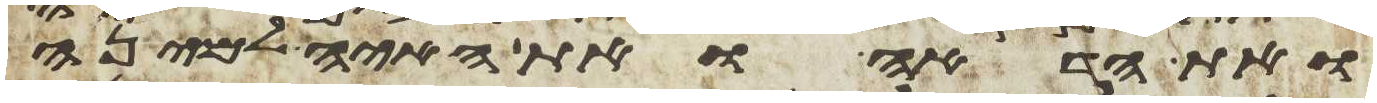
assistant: ואת הדאה ואת האיה למינה